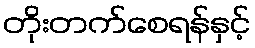
တိုးတက်စေရန်နှင့်